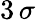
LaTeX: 3\, \sigma